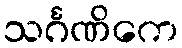
သင်္ဂဏိကေ